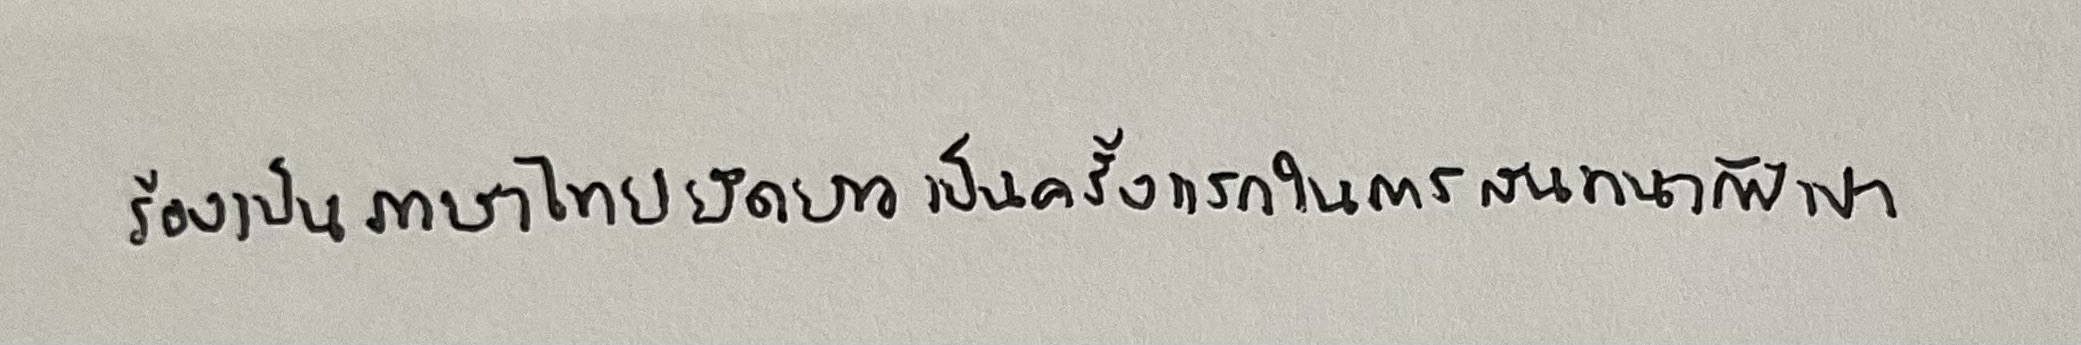
ร้องเป็นภาษาไทยยึดยาวเป็นครั้งแรกในการสนทนากับเขา